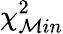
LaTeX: \chi_{\mathcal{M}in}^{2}